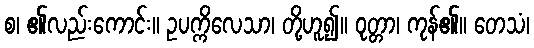
စ၊ ၏လည်းကောင်း။ ဥပက္ကိလေသာ၊ တို့ဟူ၍။ ဝုတ္တာ၊ ကုန်၏။ တေသံ၊